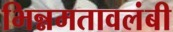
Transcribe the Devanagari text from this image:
भिन्नमतावलंबी